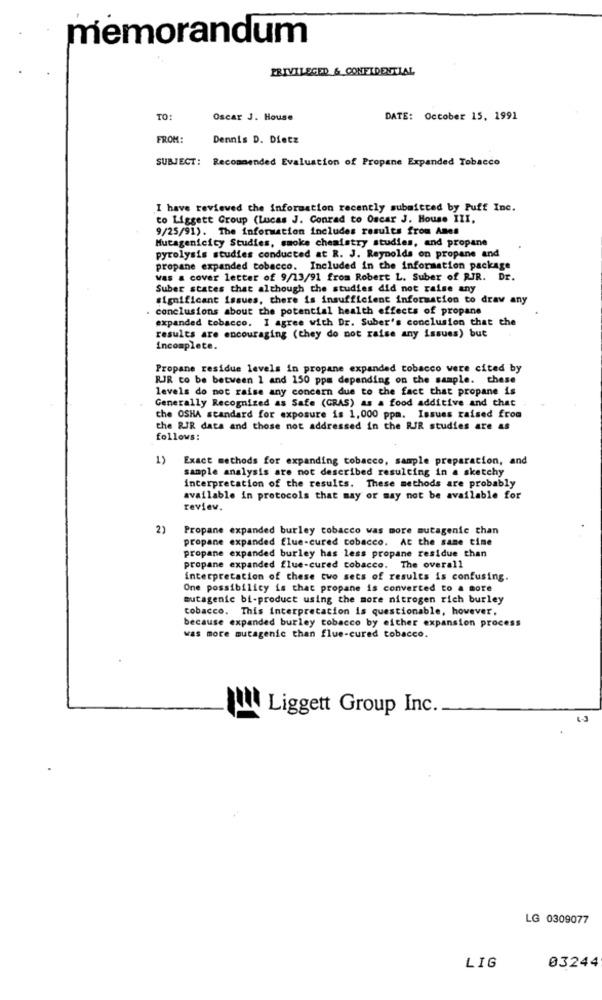
memorandum
PRIVILEGED & CONFIDENTIAL
TO:
Oscar J. House
DATE: October 15, 1991
FROM:
Dennis D. Dietz
SUBJECT:
Recommended Evaluation of Propane Expanded Tobacco
I have reviewed the information recently submitted by Puff Inc.
to Liggett Group (Lucas J. Conrad to Oscar J. House III.
9/25/91). The information includes results from Antes
Mutagenicity Studies, smoke chemistry studies, and propane
pyrolysis studies conducted at R. J. Reynolds on propane and
propane expanded tobacco. Included in the information package
was a cover letter of 9/13/91 from Robert L. Suber of RJR. Dr.
Suber states that although the studies did not raise any
significant issues, there is insufficient information to draw any
conclusions about the potential health effects of propane
expanded tobacco. I agree with Dr. Suber's conclusion that the
results are encouraging (they do not raise any issues) but
incomplete.
Propane residue levels in propane expanded tobacco were cited by
RJR to be between 1 and 150 ppm depending on the sample. these
levels do not raise any concern due to the fact that propane is
Generally Recognized as Safe (GRAS) as a food additive and that
the OSHA standard for exposure is 1,000 ppm. Issues raised from
the RIR data and those not addressed in the RIR studies are as
follows:
1)
Exact methods for expanding tobacco, sample preparation, and
sample analysis are not described resulting in a sketchy
interpretation of the results. These methods are probably
available in protocols that may or may not be available for
review.
2)
Propane expanded burley tobacco was more mutagenic than
propane expanded flue-cured cobacco. At the same time
propane expanded burley has less propane residue than
propane expanded flue-cured tobacco. The overall
interpretation of these two sets of results is confusing.
One possibilicy is that propane is converted to a more
mutagenic bi-product using the more nitrogen rich burley
tobacco. This interpretation is questionable, however.
because expanded burley tobacco by either expansion process
was more mutagenic than flue-cured tobacco.
gul Liggett Group Inc.
LG 0309077
03244
LIG